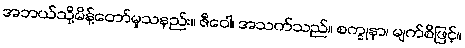
အဘယ်သို့မိန့်တော်မူသနည်း။ ဇီဝေါ၊ အသက်သည်။ စက္ခုနာ၊ မျက်စိဖြင့်။